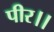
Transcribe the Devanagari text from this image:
पीर।।